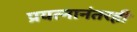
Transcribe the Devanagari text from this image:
प्रयत्नानंतरही